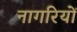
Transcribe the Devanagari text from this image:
नागरियों